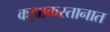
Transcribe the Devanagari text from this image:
कझाकस्तानात